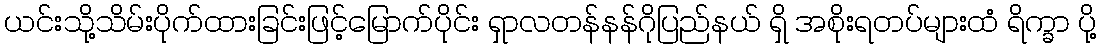
ယင်းသို့သိမ်းပိုက်ထားခြင်းဖြင့်မြောက်ပိုင်း ရှာလတန်နန်ဂိုပြည်နယ် ရှိ အစိုးရတပ်များထံ ရိက္ခာ ပို့